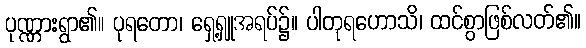
ပုဏ္ဏားရွာ၏။ ပုရတော၊ ရှေ့ရှူအရပ်၌။ ပါတုရဟောသိ၊ ထင်စွာဖြစ်လတ်၏။